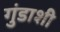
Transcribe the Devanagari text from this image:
गुंडाशी